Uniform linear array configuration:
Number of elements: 12
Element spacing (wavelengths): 1
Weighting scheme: uniform
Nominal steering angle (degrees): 60
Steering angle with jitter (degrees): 61.175
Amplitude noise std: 0.05
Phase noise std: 0.05

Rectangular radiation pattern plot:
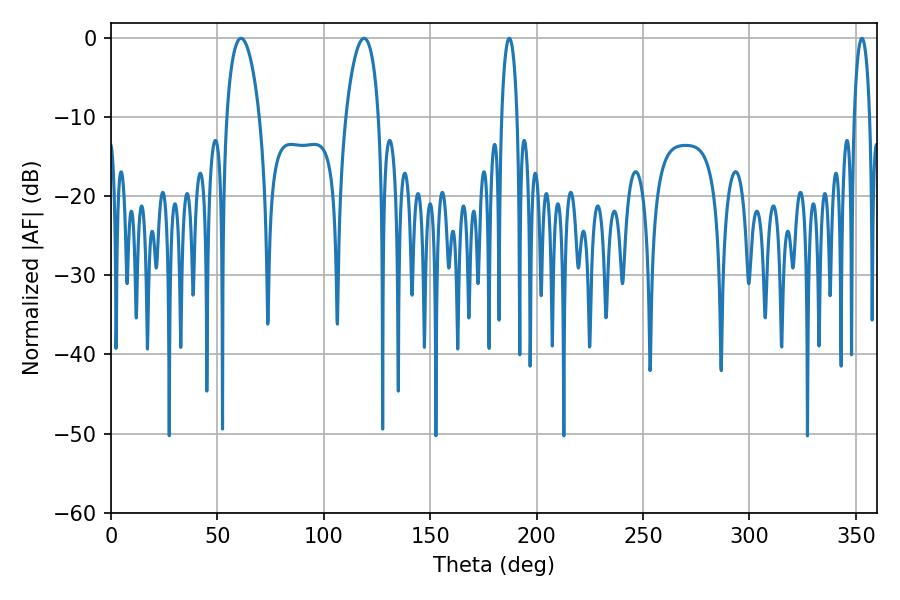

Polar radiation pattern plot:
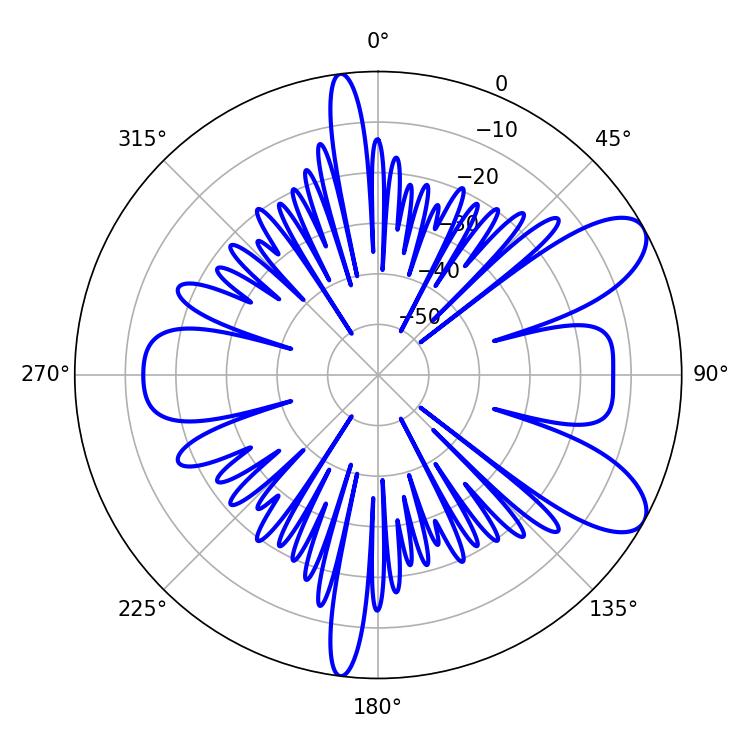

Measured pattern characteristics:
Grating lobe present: TRUE
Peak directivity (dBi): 8.778
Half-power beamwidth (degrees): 8.82
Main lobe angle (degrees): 61.02